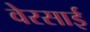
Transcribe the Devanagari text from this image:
वेरसाई